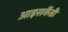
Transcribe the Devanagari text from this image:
आइसकैंडी